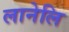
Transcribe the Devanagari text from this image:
लानेलि